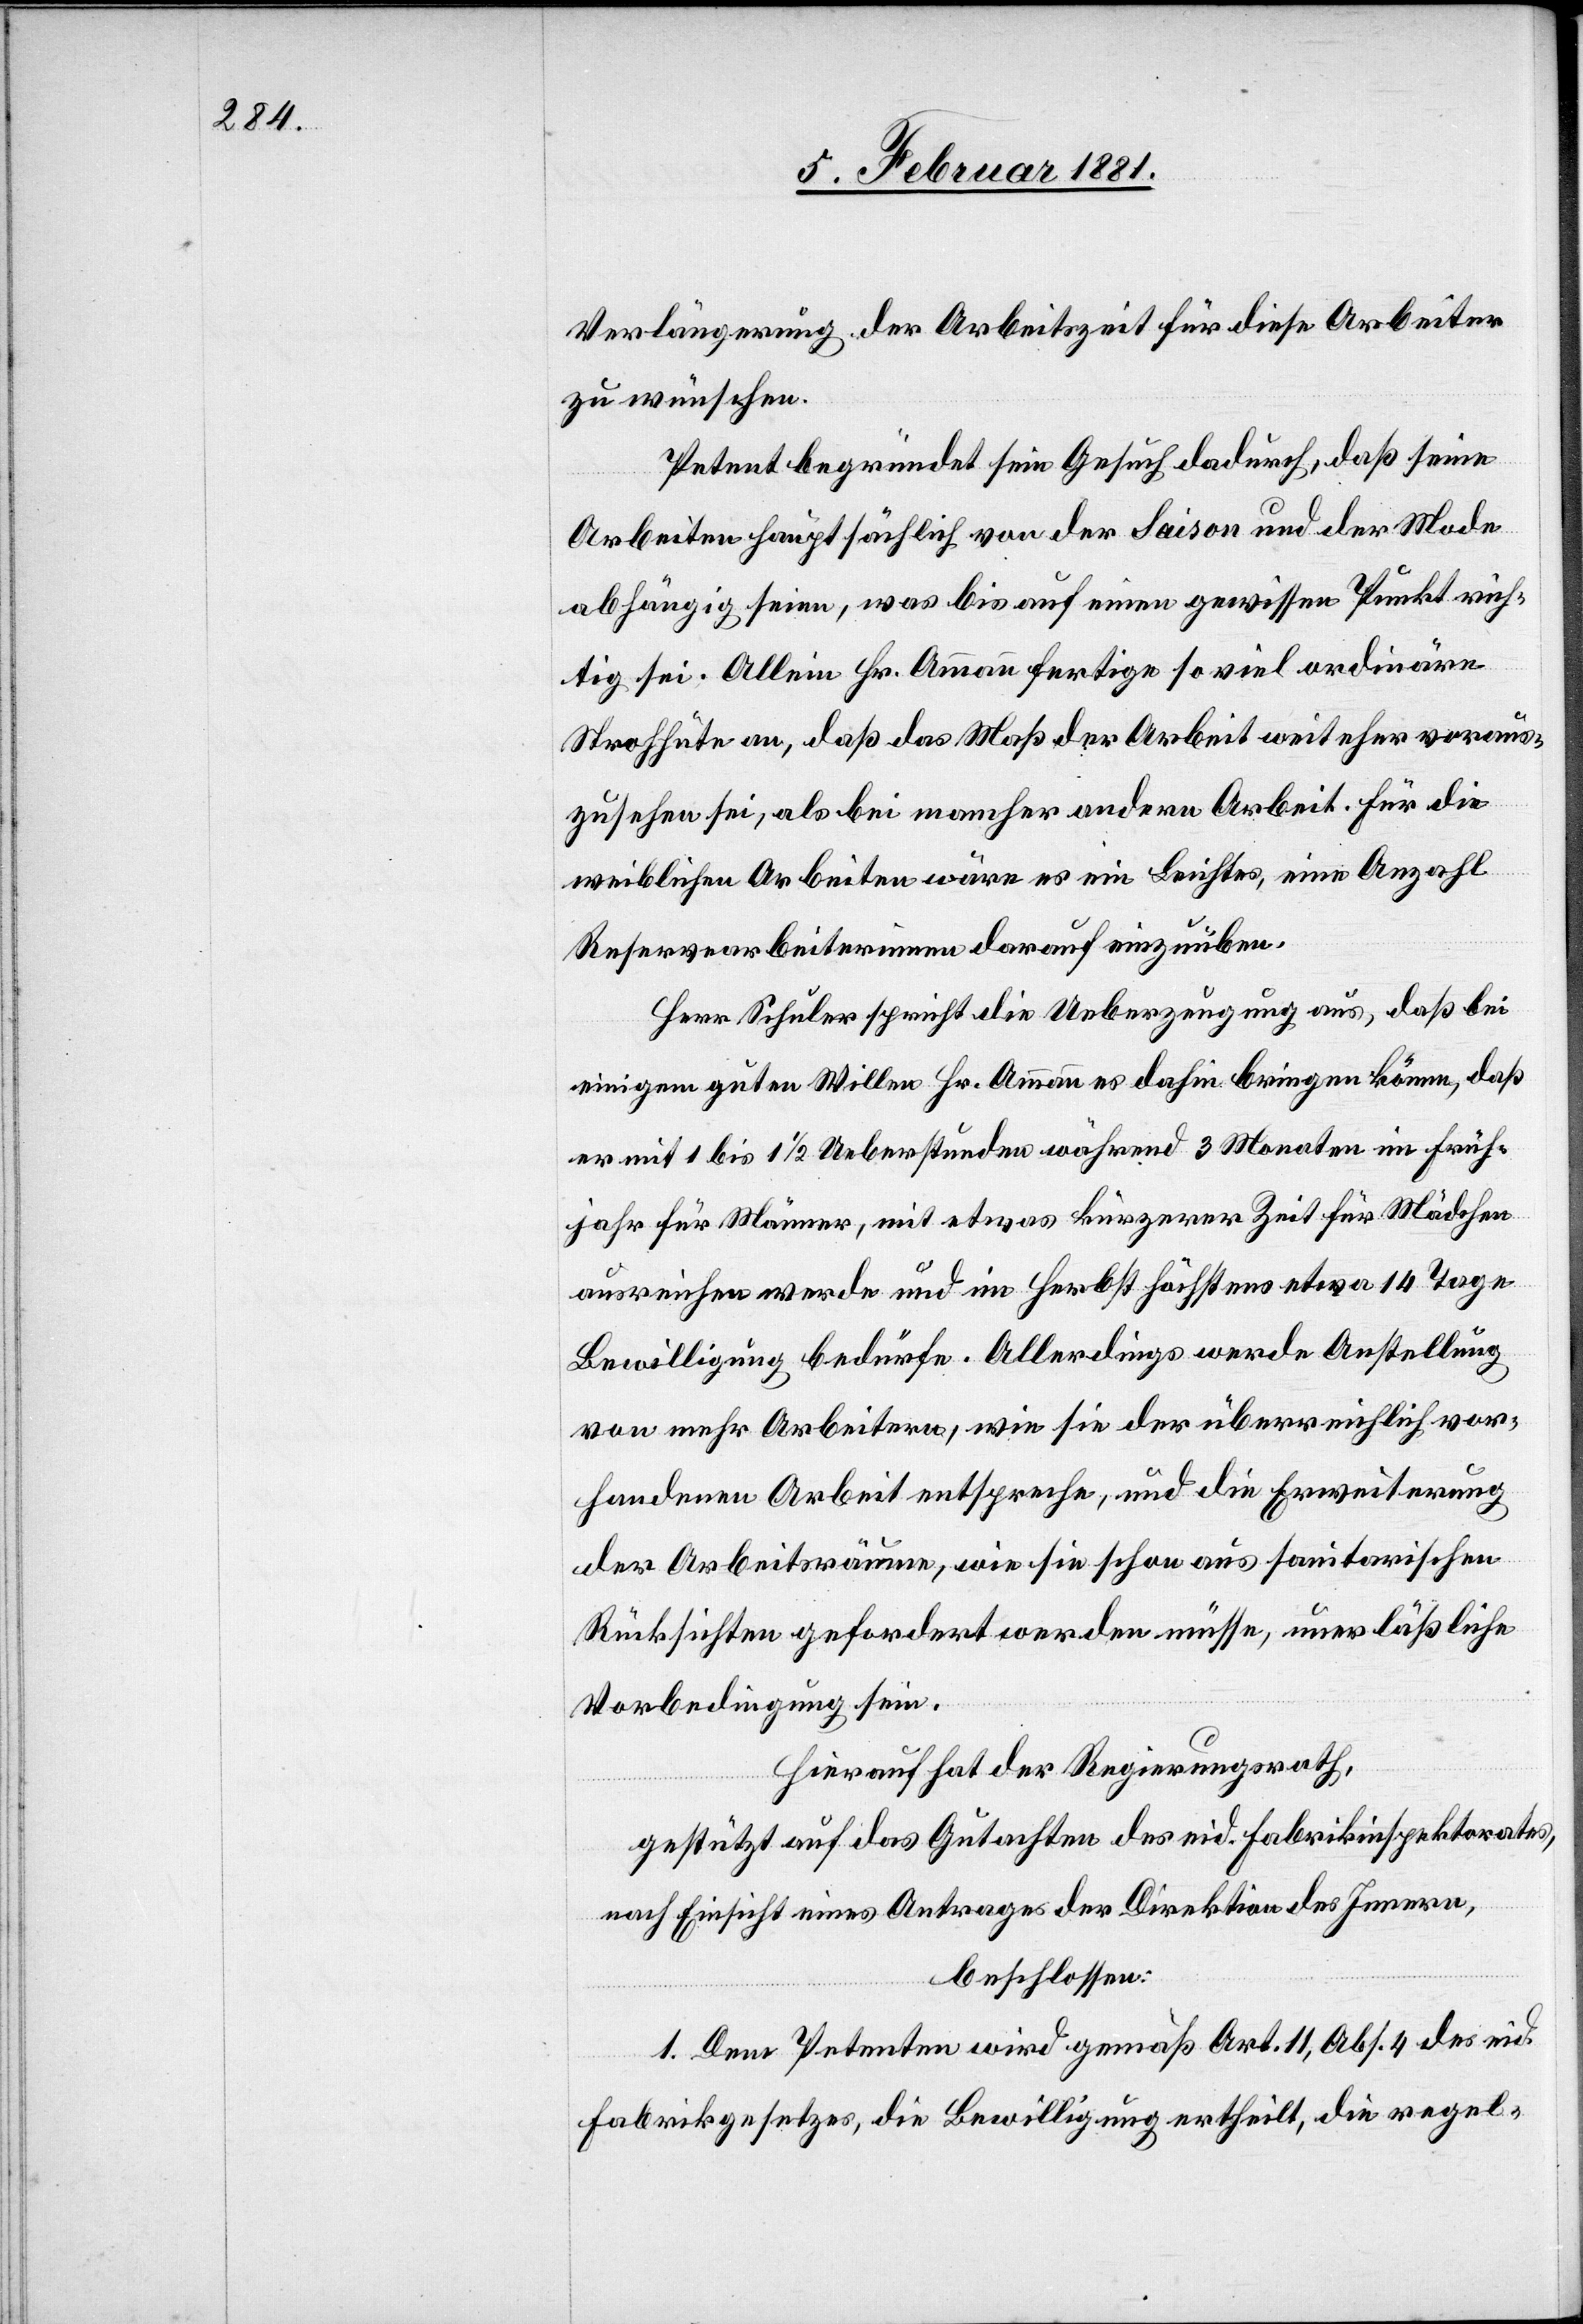
Verlängerung der Arbeitszeit für diese Arbeiter
zu wünschen.
Petent begründet sein Gesuch dadurch, daß seine
Arbeiten hauptsächlich von der Saison und der Mode
abhängig seien, was bis auf einen gewissen Punkt rich¬
tig sei. Allein Hr. Ammann fertige so viele ordinäre
Strohhüte an, daß das Maß der Arbeit weit eher voraus¬
zusehen sei, als bei mancher andern Arbeit. Für die
weiblichen Arbeiten wäre es ein Leichtes, eine Anzahl
Reservearbeiterinnen darauf einzuüben.
Herr Schuler spricht die Ueberzeugung aus, daß bei
einigem guten Willen Hr. Ammann es dahin bringen könne, daß
er mit 1 bis 1 1/2 Ueberstunden während 3 Monaten im Früh¬
jahr für Männer, mit etwas kürzerer Zeit für Mädchen
ausreichen werde und im Herbst höchstens etwa 14 Tage
Bewilligung bedürfe. Allerdings werde Anstellung
von mehr Arbeitern, wie sie der überreichlich vor¬
handenen Arbeit entspreche, und die Erweiterung
der Arbeitsräume, wie sie schon aus sanitarischen
Rücksichten gefordert werden müsse, unerläßliche
Vorbedingung sein.
Hierauf hat der Regierungsrath,
gestützt auf das Gutachten des eid. Fabrikinspektorates,
nach Einsicht eines Antrages der Direktion des Innern,
beschlossen:
1. Dem Petenten wird gemäß Art. 11, Abs. 4 des eid.
Fabrikgesetzes, die Bewilligung ertheilt, die regel-